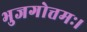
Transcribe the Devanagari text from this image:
भुजगोत्तमः।